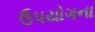
ઉપયોગના